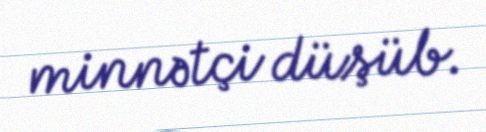
minnətçi düşüb.